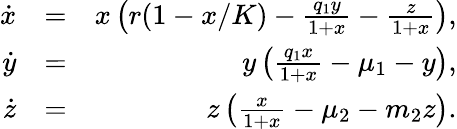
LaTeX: \begin{array}{rlr}{\dot{x}}&{=}&{x\left(r(1-x/K)-\frac{q_{1}y}{1+x}-\frac{z}{1+x}\right),}\\ {\dot{y}}&{=}&{y\left(\frac{q_{1}x}{1+x}-\mu_{1}-y\right),}\\ {\dot{z}}&{=}&{z\left(\frac{x}{1+x}-\mu_{2}-m_{2}z\right).}\end{array}